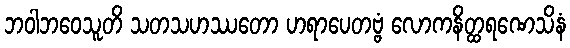
ဘဝါဘဝေသူတိ သတသဟဿတော ဟရာပေတဗ္ဗံ လောကနိတ္ထရဏေသိနံ